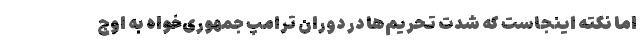
اما نکته اینجاست که شدت تحریم‌ها در دوران ترامپِ جمهوری‌خواه به اوج